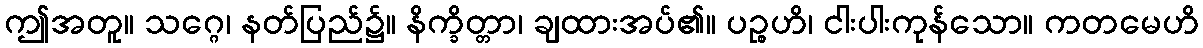
ဤအတူ။ သဂ္ဂေ၊ နတ်ပြည်၌။ နိက္ခိတ္တာ၊ ချထားအပ်၏။ ပဉ္စဟိ၊ ငါးပါးကုန်သော။ ကတမေဟိ